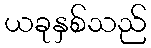
ယခုနှစ်သည်